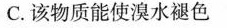
C.该物质能使溴水褪色